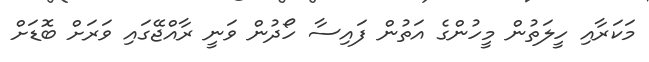
މަކަރާއި ހީލަތުން މީހުންގެ އަތުން ފައިސާ ހޯދުން ވަނީ ރާއްޖޭގައި ވަަރަށް ބޮޑަށް